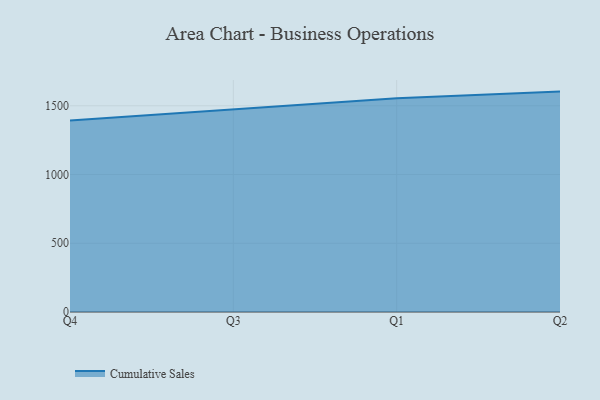
{"axis": {"x": "Quarter", "y": "Production Output"}, "legend": ["Cumulative Sales"], "data": [{"x": "Q4", "y": 1393.7, "type": "Cumulative Sales"}, {"x": "Q3", "y": 1476.6, "type": "Cumulative Sales"}, {"x": "Q1", "y": 1555.1, "type": "Cumulative Sales"}, {"x": "Q2", "y": 1603.2, "type": "Cumulative Sales"}]}